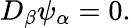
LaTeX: D_{\beta}\psi_{\alpha}=0.